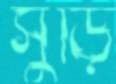
সুড়ি